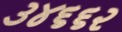
૩૪૬૬૨